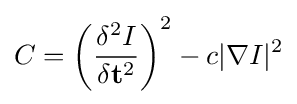
C=\left({\frac {\delta ^{2}I}{\delta \mathbf {t} ^{2}}}\right)^{2}-c|\nabla I|^{2}